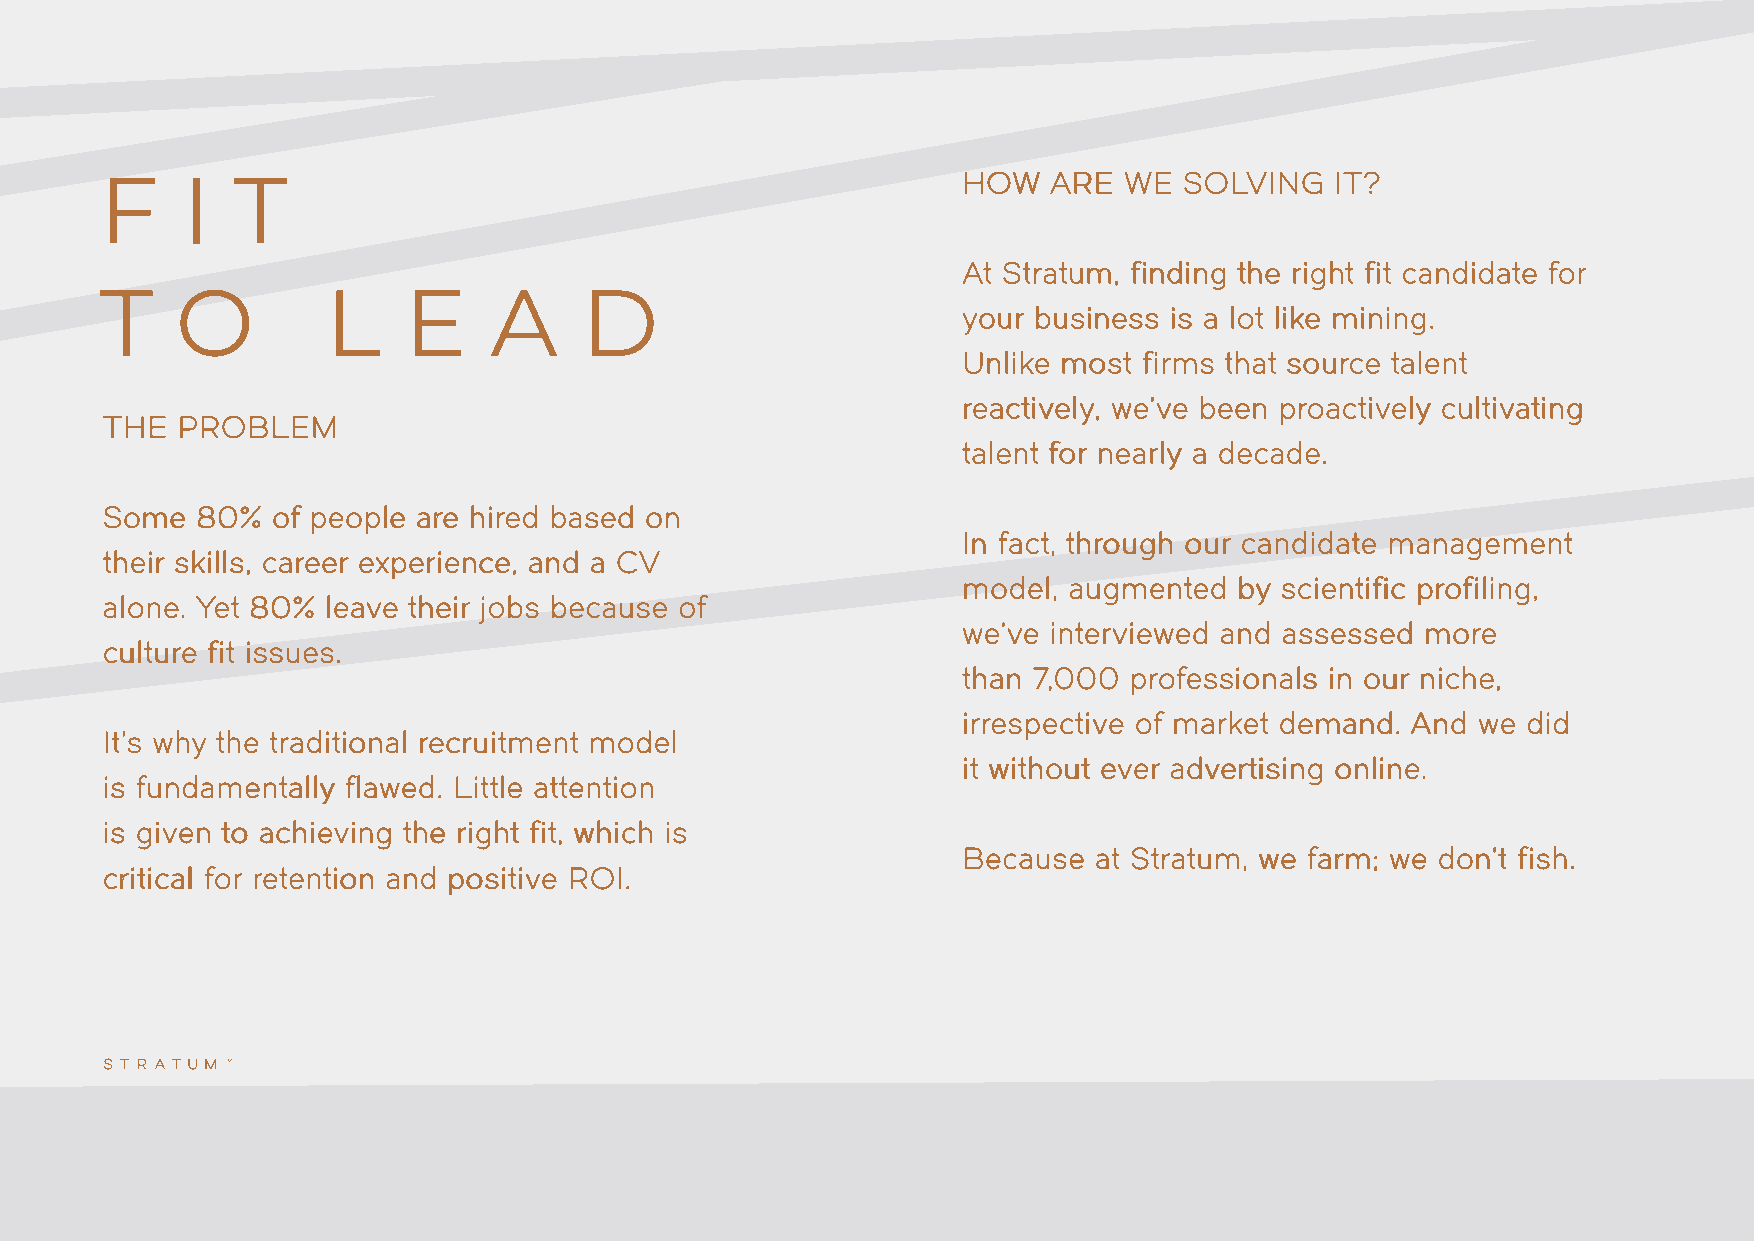
F    I  T                                                HHOOWW AARREE WWEE SSOOLLVVIINNGG IITT??
 AAtt SSttrraattuumm,, ffiinnddiinngg tthhee rriigghhtt ffiitt ccaannddiiddaattee ffoorr
 T    O         L    E    A     D
 yyoouurr bbuussiinneessss iiss aa lloott lliikkee mmiinniinngg..
 UUnnlliikkee mmoosstt ffiirrmmss tthhaatt ssoouurrccee ttaalleenntt
 rreeaaccttiivveellyy,, wwee’’vvee bbeeeenn pprrooaaccttiivveellyy ccuullttiivvaattiinngg
 TTHHEE PPRROOBBLLEEMM
 ttaalleenntt ffoorr nneeaarrllyy aa ddeeccaaddee..
 SSoommee 8800%% ooff ppeeooppllee aarree hhiirreedd bbaasseedd oonn
 IInn ffaacctt,, tthhrroouugghh oouurr ccaannddiiddaattee mmaannaaggeemmeenntt
 tthheeiirr sskkiillllss,, ccaarreeeerr eexxppeerriieennccee,, aanndd aa CCVV
 mmooddeell,, aauuggmmeenntteedd bbyy sscciieennttiiffiicc pprrooffiilliinngg,,
 aalloonnee.. YYeett 8800%% lleeaavvee tthheeiirr jjoobbss bbeeccaauussee ooff
 wwee’’vvee iinntteerrvviieewweedd aanndd aasssseesssseedd mmoorree
 ccuullttuurree ffiitt iissssuueess..
 tthhaann 77,,000000 pprrooffeessssiioonnaallss iinn oouurr nniicchhee,,
 iirrrreessppeeccttiivvee ooff mmaarrkkeett ddeemmaanndd.. AAnndd wwee ddiidd
 IItt’’ss wwhhyy tthhee ttrraaddiittiioonnaall rreeccrruuiittmmeenntt mmooddeell
 iitt wwiitthhoouutt eevveerr aaddvveerrttiissiinngg oonnlliinnee..
 iiss ffuunnddaammeennttaallllyy ffllaawweedd.. LLiittttllee aatttteennttiioonn
 iiss ggiivveenn ttoo aacchhiieevviinngg tthhee rriigghhtt ffiitt,, wwhhiicchh iiss
 BBeeccaauussee aatt SSttrraattuumm,, wwee ffaarrmm;; wwee ddoonn’’tt ffiisshh..
 ccrriittiiccaall ffoorr rreetteennttiioonn aanndd ppoossiittiivvee RROOII..